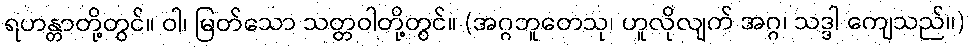
ရဟန္တာတို့တွင်။ ဝါ၊ မြတ်သော သတ္တဝါတို့တွင်။ (အဂ္ဂဘူတေသု၊ ဟူလိုလျက် အဂ္ဂ၊ သဒ္ဒါ ကျေသည်။)